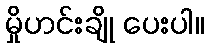
မှိုဟင်းချို ပေးပါ။